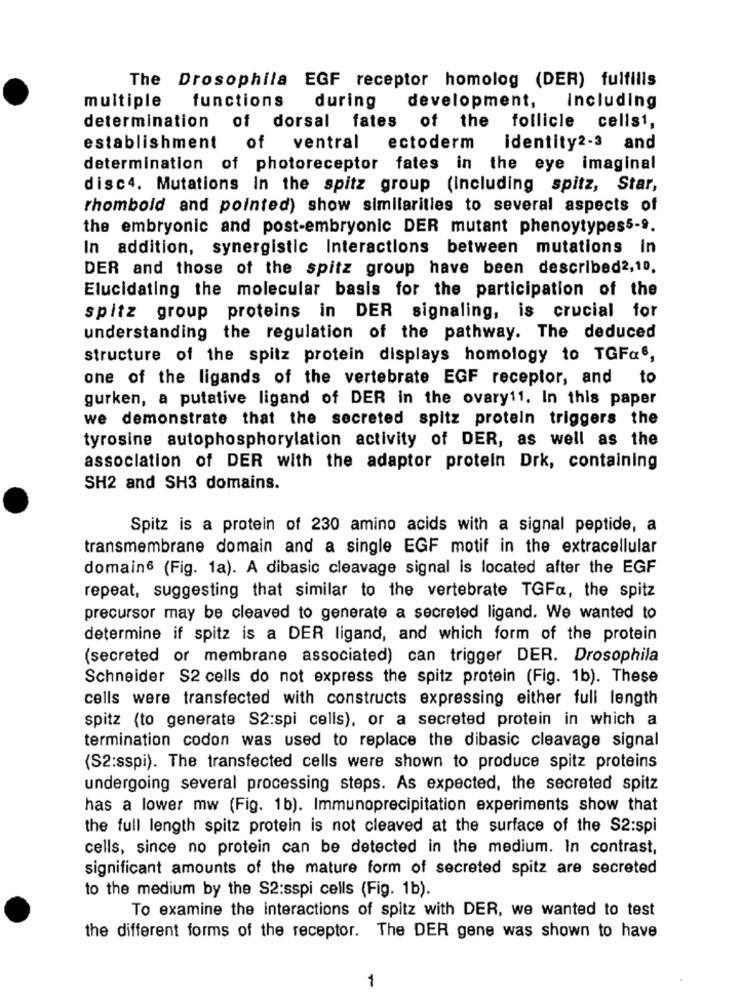
The Drosophila EGF receptor homolog (DER) fulfills
multiple functions during
development,
Including
determination of dorsal fates of the follicle cells1,
establishment of ventral
ectoderm identity2-3 and
determination of photoreceptor fates in the eye imaginal
disc4. Mutations In the spitz group (including spitz, Star,
rhombold and pointed) show similarities to several aspects of
the embryonic and post-embryonic DER mutant phenoytypes5-9.
In addition, synergistic Interactions between mutations in
DER and those of the spitz group have been described2,10.
Elucidating the molecular basis for the participation of the
spitz group proteins in DER signaling, is crucial for
understanding the regulation of the pathway. The deduced
structure of the spitz protein displays homology to TGFa6,
one of the ligands of the vertebrate EGF receptor, and to
gurken, a putative ligand of DER in the ovary11. In this paper
we demonstrate that the secreted spitz protein triggers the
tyrosine autophosphorylation activity of DER, as well as the
association of DER with the adaptor protein Drk, containing
SH2 and SH3 domains.
Spitz is a protein of 230 amino acids with a signal peptide, a
transmembrane domain and a single EGF motif in the extracellular
domain6 (Fig. 1a). A dibasic cleavage signal is located after the EGF
repeat, suggesting that similar to the vertebrate TGFa, the spitz
precursor may be cleaved to generate a secreted ligand. We wanted to
determine if spitz is a DER ligand, and which form of the protein
(secreted or membrane associated) can trigger DER. Drosophila
Schneider S2 cells do not express the spitz protein (Fig. 1b). These
cells were transfected with constructs expressing either full length
spitz (to generate S2:spi cells), or a secreted protein in which a
termination codon was used to replace the dibasic cleavage signal
(S2:sspi). The transfected cells were shown to produce spitz proteins
undergoing several processing steps. As expected, the secreted spitz
has a lower mw (Fig. 1b). Immunoprecipitation experiments show that
the full length spitz protein is not cleaved at the surface of the S2:spi
cells, since no protein can be detected in the medium. In contrast,
significant amounts of the mature form of secreted spitz are secreted
to the medium by the S2:sspi cells (Fig. 1b).
To examine the interactions of spitz with DER, we wanted to test
the different forms of the receptor. The DER gene was shown to have
1